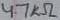
Text: 4.7KΩ